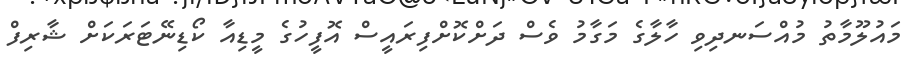
މައުލޫމާތު މުއްސަނދިވި ހާލާގެ މަގާމު ވެސް ދަށްކޮށްފިރައީސް އޮފީހުގެ މީޑިއާ ކޯޑިނޭޓަރަކަށް ޝާރިފް